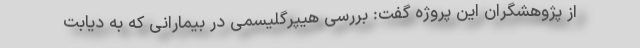
از پژوهشگران این پروژه گفت: بررسی هیپرگلیسمی در بیمارانی که به دیابت